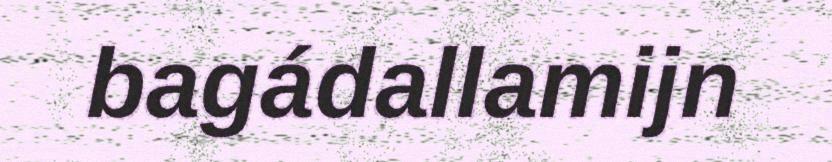
bagádallamijn